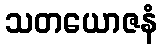
သတယောဇနံ